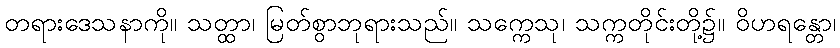
တရားဒေသနာကို။ သတ္ထာ၊ မြတ်စွာဘုရားသည်။ သက္ကေသု၊ သက္ကတိုင်းတို့၌။ ဝိဟရန္တော၊